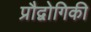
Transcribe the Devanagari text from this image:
प्रौद्वोगिकी